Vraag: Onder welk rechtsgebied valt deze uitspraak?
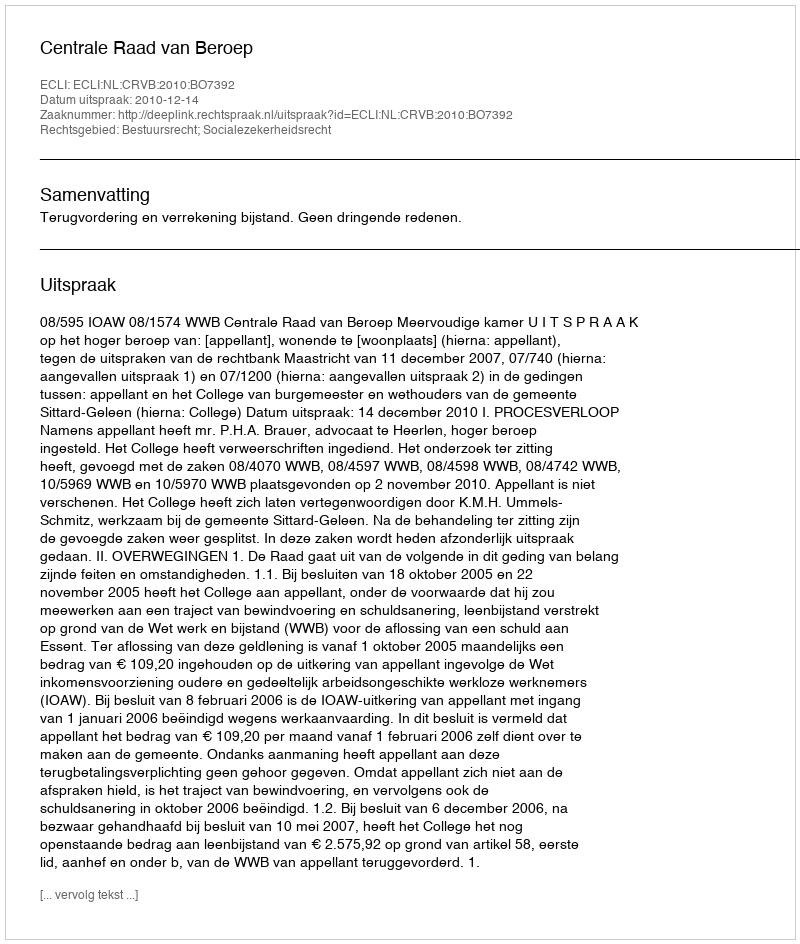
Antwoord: Bestuursrecht; Socialezekerheidsrecht